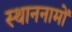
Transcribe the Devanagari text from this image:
स्थाननामों